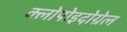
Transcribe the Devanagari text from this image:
क्लोपोइदोग्रेल